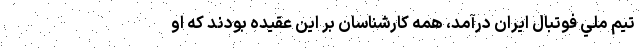
تيم ملي فوتبال ايران در‌آمد، همه كارشناسان بر اين عقيده بودند كه او